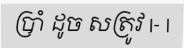
ប្រាំ ដូច សត្រូវ |- |